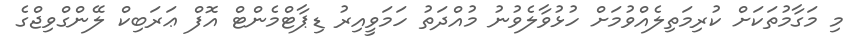
މި މަގާމުތަކަށް ކުރިމަތިލެއްވުމަށް ހުޅުވާލެވުނު މުއްދަތު ހަމަވީއިރު ޑިޕާޓްމެންޓް އޮފް ޢަރަބިކް ލޭންގްވިޖްގެ